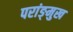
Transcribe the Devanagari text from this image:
परांङ्‌मुख